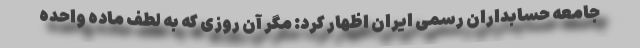
جامعه حسابداران رسمی ایران اظهار کرد: مگر آن روزی كه به لطف ماده واحده